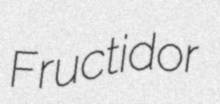
Fructidor